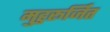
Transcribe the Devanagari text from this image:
मुहुरूर्जित